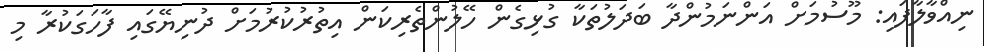
ނިއްވާލާފައި: މޫސުމަށް އަންނަމުންދާ ބަދަލުތަކާ ގުޅިގެން ހޭލުންތެރިކަން އިތުރުކުރުމަށް ދުނިޔޭގައި ފާހަގަކުރާ މި